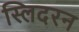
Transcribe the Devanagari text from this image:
स्लिदरन